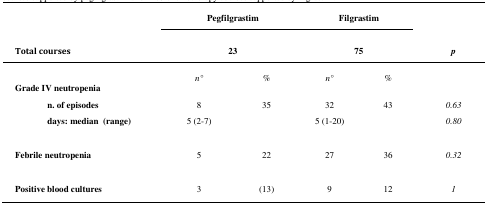
<table><thead><tr><td></td><td colspan="2"><b>Pegfilgrastim</b></td><td colspan="2"><b>Filgrastim</b></td><td></td></tr><tr><td><b>Total courses</b></td><td colspan="2"><b>23</b></td><td colspan="2"><b>75</b></td><td><b><i>p</i></b></td></tr><tr><td></td><td><b><i>n°</i></b></td><td><b><i>%</i></b></td><td><b><i>n°</i></b></td><td><b><i>%</i></b></td><td></td></tr></thead><tbody><tr><td colspan="6"><b>Grade IV neutropenia</b></td></tr><tr><td> <b>n. of episodes</b></td><td>8</td><td>35</td><td>32</td><td>43</td><td><i>0.63</i></td></tr><tr><td> <b>days: median (range)</b></td><td>5 (2–7)</td><td></td><td>5 (1–20)</td><td></td><td><i>0.80</i></td></tr><tr><td><b>Febrile neutropenia</b></td><td>5</td><td>22</td><td>27</td><td>36</td><td><i>0.32</i></td></tr><tr><td><b>Positive blood cultures</b></td><td>3</td><td>(13)</td><td>9</td><td>12</td><td><i>1</i></td></tr></tbody></table>